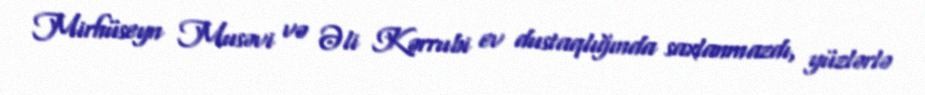
Mirhüseyn Musəvi və Əli Kərrubi ev dustaqlığında saxlanmazdı, yüzlərlə